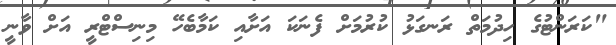
"ކަރަންޓުގެ ހިދުމަތް ރަނގަޅު ކުރުމަށް ފެނަކަ އަށާއި ކަމާބެހޭ މިނިސްޓްރީ އަށް ވާނީ